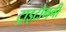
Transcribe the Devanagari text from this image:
ट्राइटोमनी